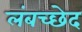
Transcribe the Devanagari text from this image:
लंबच्छेद